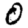
Digit: 0